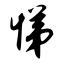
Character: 悌